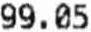
99.05